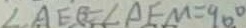
\angle A E B = \angle A F M = 9 0 ^ { \circ }